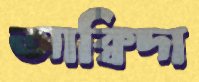
আক্বিদা